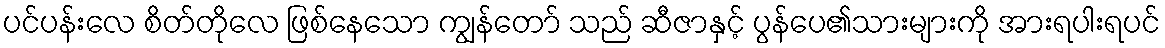
ပင်ပန်းလေ စိတ်တိုလေ ဖြစ်နေသော ကျွန်တော် သည် ဆီဇာနှင့် ပွန်ပေ၏သားများကို အားရပါးရပင်